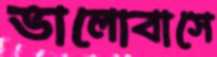
ভালোবাসে